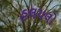
હલચલો